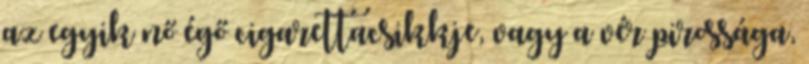
az egyik nő égő cigarettacsikkje, vagy a vér pirossága,